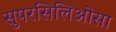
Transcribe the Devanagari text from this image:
सुपरसिलिओसा